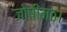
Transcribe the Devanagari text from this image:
जोषीमठ।